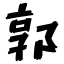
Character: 郭